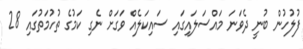
ފުލުހުން ބުނީ ދެވަނަ މައްސަލައިގައި ސައިކަލެއް ވަގަށް ނެގި ކަމުގެ ތުހުމަތުގައި 28